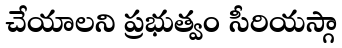
చేయాలని ప్రభుత్వం సీరియస్గా